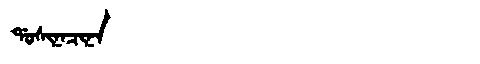
Manchu: ᡩᠣᠰᡳᠨᠠᠴᡳᠨᠠ
Romanization: DOSINACINA